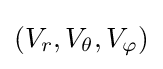
(V_{r},V_{\theta },V_{\varphi })